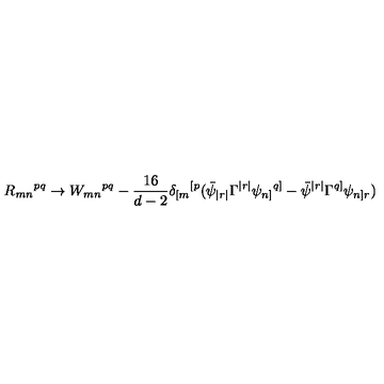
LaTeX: R _ { m n } { } ^ { p q } \rightarrow W _ { m n } { } ^ { p q } - \frac { 1 6 } { d - 2 } \delta _ { [ m } { } ^ { [ p } ( \bar { \psi } _ { | r | } \Gamma ^ { | r | } \psi _ { n ] } { } ^ { q ] } - \bar { \psi } ^ { | r | } \Gamma ^ { q ] } \psi _ { n ] r } )